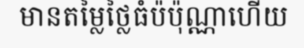
មានតម្លៃថ្លៃធំប៉ប៉ុណ្ណាហើយ